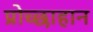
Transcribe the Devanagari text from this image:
प्रोच्छाहान